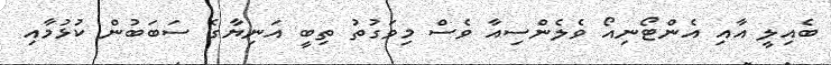
ބެއިލީ އާއި އެންޓޯނިއޯ ވެލެންސިއާ ވެސް މިވަގުތު ތިބީ އަނިޔާގެ ސަބަބުން ކުޅުމާއި